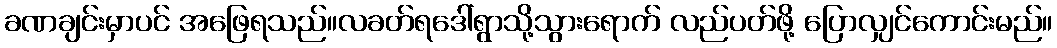
ခဏချင်းမှာပင် အဖြေရသည်။လခတ်ရဒေါ်ရွာသို့သွားရောက် လည်ပတ်ဖို့ ပြောလျှင်ကောင်းမည်။